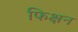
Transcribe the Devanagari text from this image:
फिक्षन